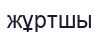
жұртшы